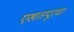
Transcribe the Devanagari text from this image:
एखतपूरचा